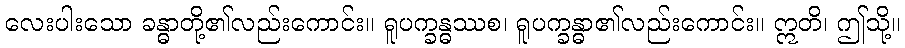
လေးပါးသော ခန္ဓာတို့၏လည်းကောင်း။ ရူပက္ခန္ဓဿစ၊ ရူပက္ခန္ဓာ၏လည်းကောင်း။ ဣတိ၊ ဤသို့။